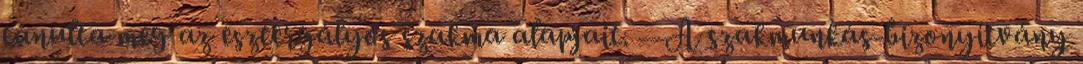
tanulta meg az esztergályos szakma alapjait. — A szakmunkás-bizonyítvány